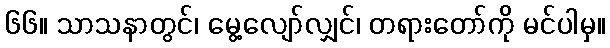
၆၆။ သာသနာတွင်၊ မွေ့လျော်လျှင်၊ တရားတော်ကို မင်ပါမှ။